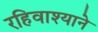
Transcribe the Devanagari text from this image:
रहिवाश्याने